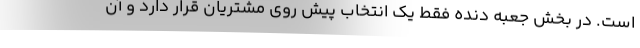
است. در بخش جعبه دنده فقط یک انتخاب پیش روی مشتریان قرار دارد و آن